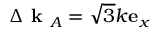
\Delta \textbf { k } _ { A } = \sqrt { 3 } k \mathbf { e } _ { x }